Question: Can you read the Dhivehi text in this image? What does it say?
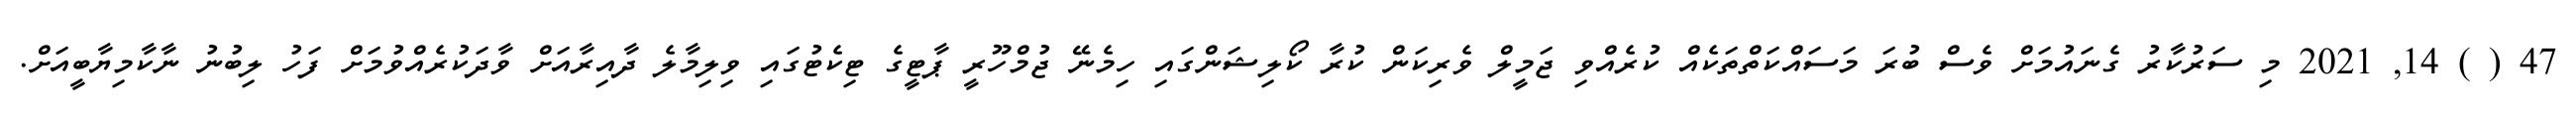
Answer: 47 ( ) 14, 2021 މި ސަރުކާރު ގެނައުމަށް ވެސް ބުރަ މަސައްކަތްތަކެއް ކުރެއްވި ޖަމީލް ވެރިކަން ކުރާ ކޯލިޝަންގައި ހިމެނޭ ޖުމްހޫރީ ޕާޓީގެ ޓިކެޓުގައި ވިލިމާލެ ދާއިރާއަށް ވާދަކުރެއްވުމަށް ފަހު ލިބުނު ނާކާމިޔާބީއަށް.